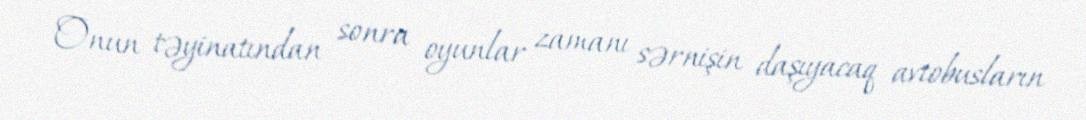
Onun təyinatından sonra oyunlar zamanı sərnişin daşıyacaq avtobusların